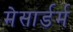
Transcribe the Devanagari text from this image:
मेसार्डर्म